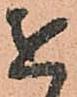
を